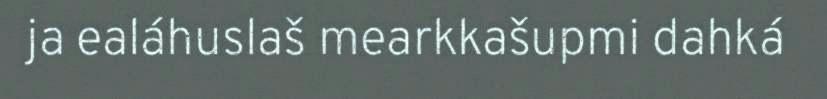
ja ealáhuslaš mearkkašupmi dahká